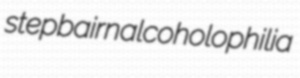
stepbairn alcoholophilia